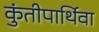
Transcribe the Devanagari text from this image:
कुंतीपार्थिवा